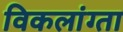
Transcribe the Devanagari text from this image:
विकलांग्‍ता